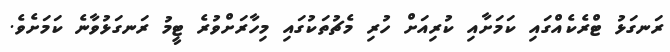
ރަނގަޅު ޓްރެކެއްގައި ކަމަށާއި ކުރިއަށް ހުރި މެޗުތަކުގައި މިހާރަށްވުރެ ޓީމު ރަނގަޅުވާނެ ކަމަށެވެ.